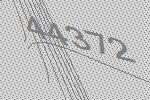
44372